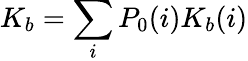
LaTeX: K_{b}=\sum_{i}P_{0}(i)K_{b}(i)